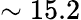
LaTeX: \sim 15.2